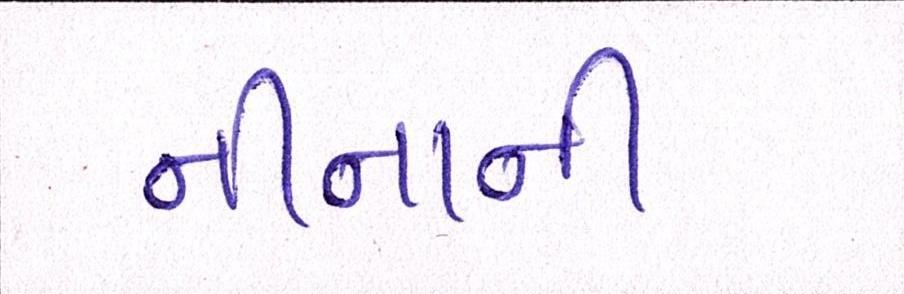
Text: નીનાની